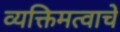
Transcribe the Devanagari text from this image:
व्यक्तिमत्वाचे